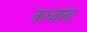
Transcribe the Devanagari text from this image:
कध्वाया